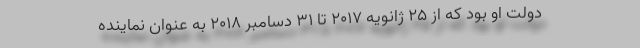
دولت او بود که از ۲۵ ژانویه ۲۰۱۷ تا ۳۱ دسامبر ۲۰۱۸ به عنوان نماینده